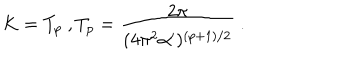
K = T _ { p } \ , T _ { p } = \frac { 2 \pi } { ( 4 \pi ^ { 2 } \alpha ^ { \prime } ) ^ { ( p + 1 ) / 2 } } \ .